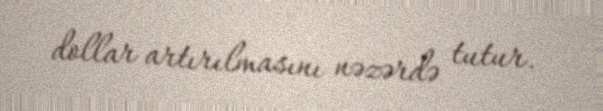
dollar artırılmasını nəzərdə tutur.